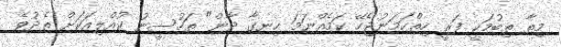
މިތާ ތިބުމަކީ ފަރީ ހިތްހަމަނުޖެހޭ ކަމެއްނަމަ ހިނގާ ދާން" ތަހުސީނު ކުއްލިއަކަށް ތެދުވެ